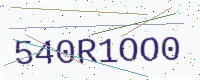
Text: 540R1OO0